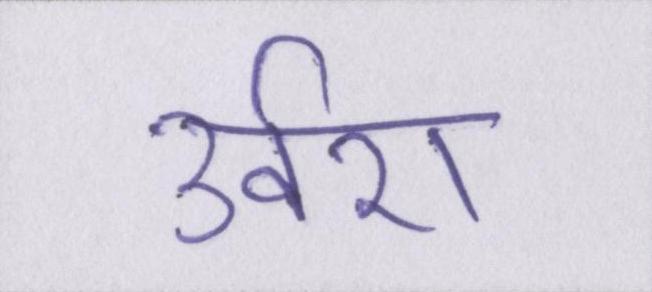
उर्वरा